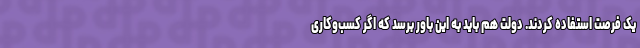
یک فرصت استفاده کردند. دولت هم باید به این باور برسد که اگر کسب‌وکاری